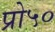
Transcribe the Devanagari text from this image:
प्रो५०